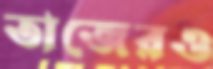
তাজেরও